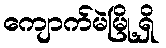
ကျောက်မဲမြို့ရှိ